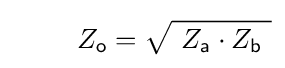
\;\qquad Z_{\mathsf {o}}={\sqrt {\ Z_{\mathsf {a}}\cdot Z_{\mathsf {b}}\ }}